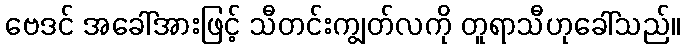
ဗေဒင် အခေါ်အားဖြင့် သီတင်းကျွတ်လကို တူရာသီဟုခေါ်သည်။